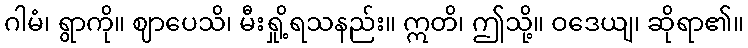
ဂါမံ၊ ရွာကို။ ဈာပေသိ၊ မီးရှို့ရသနည်း။ ဣတိ၊ ဤသို့။ ဝဒေယျ၊ ဆိုရာ၏။